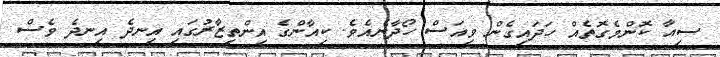
ސިއާ ކޮންމެގޮތެއް ހަދައިގެން ވިއަސް ހޯދާނެއެވެ. ކިއާންގެ އިންތިޒާރުގައި އިނދެ އިނދެ ވެސް